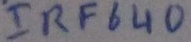
Text: IRF640